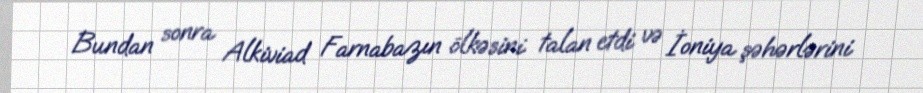
Bundan sonra Alkiviad Farnabazın ölkəsini talan etdi və İoniya şəhərlərini